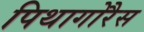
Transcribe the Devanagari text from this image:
पिथागोरैस